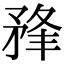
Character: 𥍮